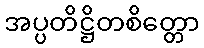
အပ္ပတိဋ္ဌိတစိတ္တော